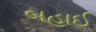
બહાઈ